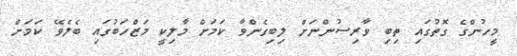
މީހުންގެ ގޮތުގައި ތިބި ވާރިސުންނަށް ލިބިގެންވާ ކަމަށް މާލިކީ މަޒްހަބުގައި ބެލެވޭ ކަމަށް